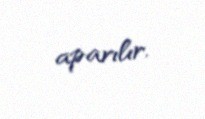
aparılır.